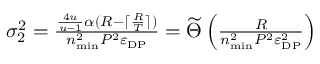
\begin{array} { r } { \sigma _ { 2 } ^ { 2 } = \frac { \frac { 4 u } { u - 1 } \alpha ( R - \lceil \frac { R } { T } \rceil ) } { n _ { \mathrm { m i n } } ^ { 2 } P ^ { 2 } \varepsilon _ { \mathrm { D P } } } = \widetilde \Theta \left( \frac { R } { n _ { \mathrm { m i n } } ^ { 2 } P ^ { 2 } \varepsilon _ { \mathrm { D P } } ^ { 2 } } \right) } \end{array}